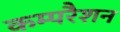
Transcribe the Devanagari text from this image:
कम्परैशन